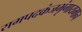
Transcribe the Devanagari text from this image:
रामपदकंजभृंगायमान